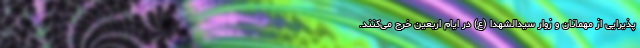
پذیرایی از مهمانان و زوّار سیدالشهدا (ع) در ایام اربعین خرج می‌کنند.